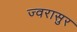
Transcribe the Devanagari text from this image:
ज्वरासुर